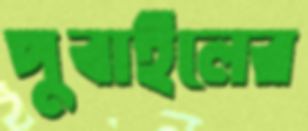
পুবাইলের